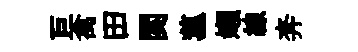
巨禽田関菰嬾線奔